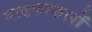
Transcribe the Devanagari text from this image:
नाटकाकारों